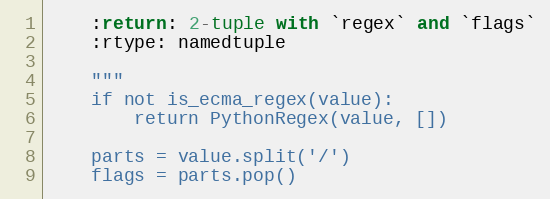
Language: Python
    :return: 2-tuple with `regex` and `flags`
    :rtype: namedtuple

    """
    if not is_ecma_regex(value):
        return PythonRegex(value, [])

    parts = value.split('/')
    flags = parts.pop()